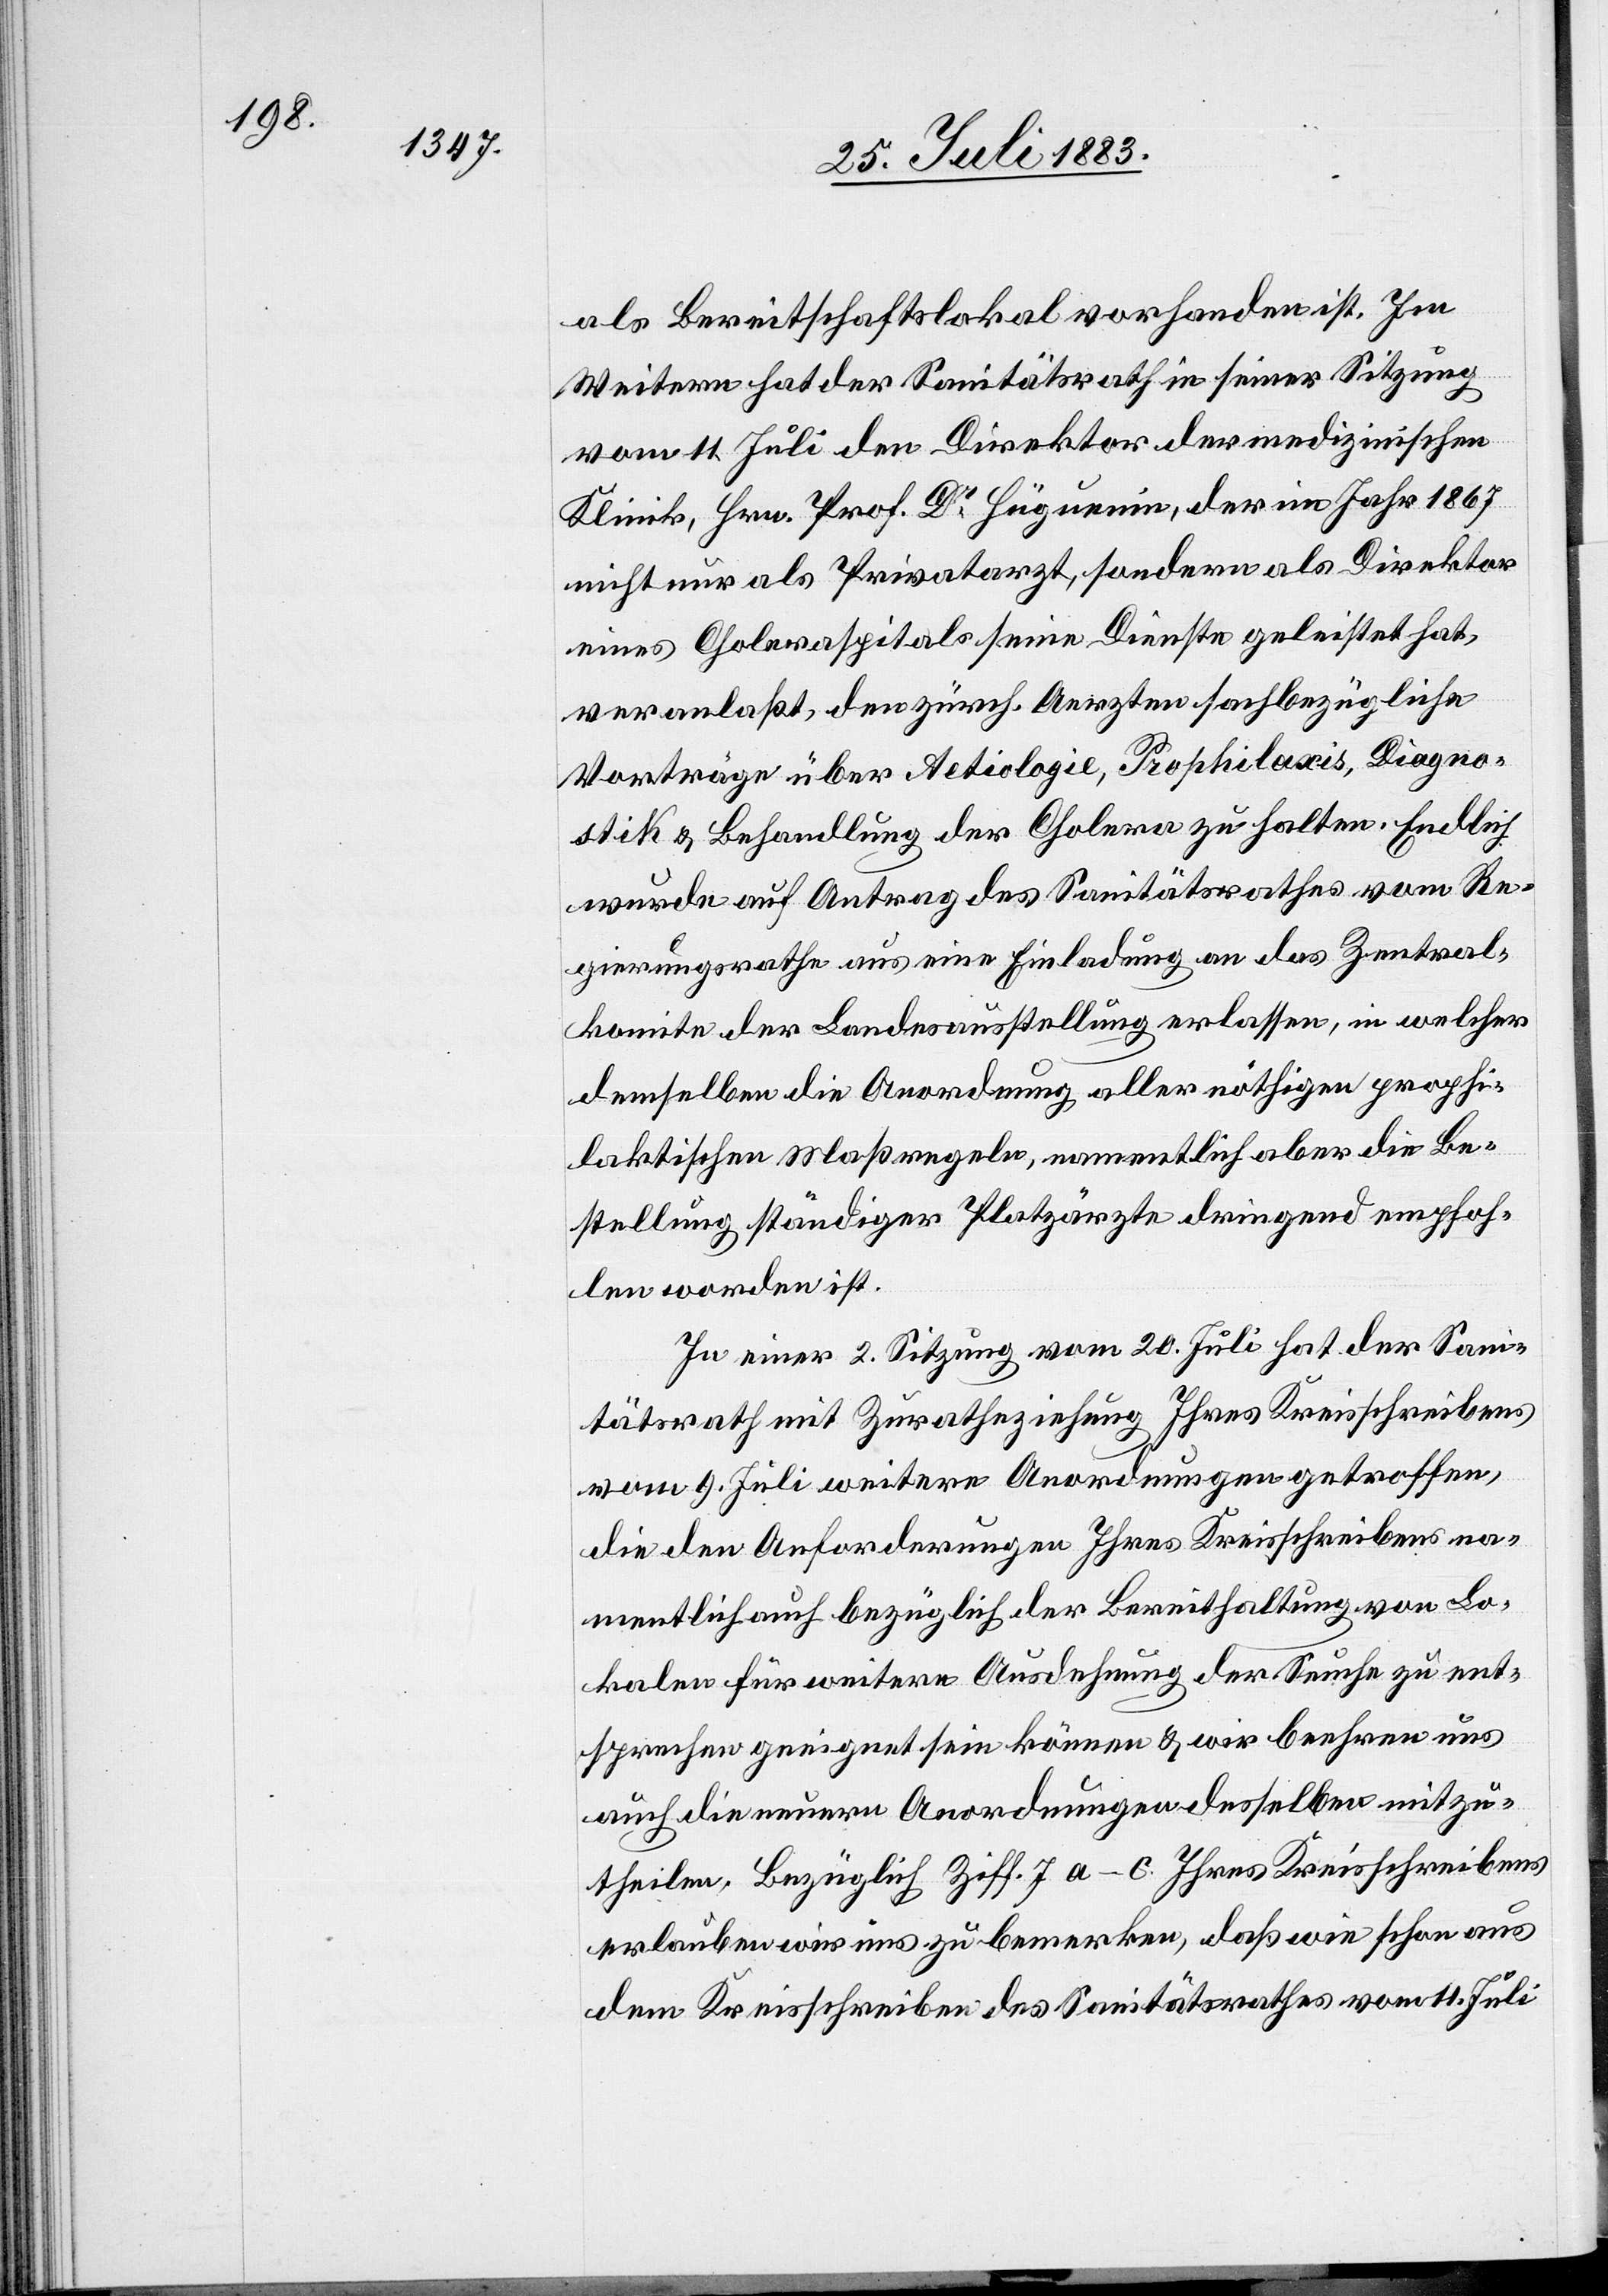
als Bereitschaftslokal vorhanden ist. Im
Weitern hat der Sanitätsrath in seiner Sitzung
vom 11. Juli den Direktor der medizinischen
Klinik, Hrn. Prof. Dr Hüguenin, der im Jahr 1867
nicht nur als Privatarzt, sondern als Direktor
eines Choleraspitals seine Dienste geleistet hat,
veranlaßt, den zürch. Aerzten sachbezügliche
Vorträge über Aetiologie, Prophilaxis, Diagno¬
stik & Behandlung der Cholera zu halten. Endlich
wurde auf Antrag des Sanitätsrathes vom Re¬
gierungsrathe aus eine Einladung an das Zentral¬
komite der Landesausstellung erlassen, in welcher
demselben die Anordnung aller nöthigen prophi¬
laktischen Maßregeln, namentlich aber die Be¬
stellung ständiger Platzärzte dringend empfoh¬
len worden ist.
In einer 2. Sitzung vom 20. Juli hat der Sani¬
tätsrath mit Zuratheziehung Ihres Kreisschreibens
vom 9. Juli weitere Anordnungen getroffen,
die den Anforderungen Ihres Kreisschreibens na¬
mentlich bezüglich der Bereithaltung von Lo¬
kalen für weitere Ausdehnung der Seuche zu ent¬
sprechen geeignet sein können & wir beehren uns
auch die neuern Anordnungen desselben mitzu¬
theilen. Bezüglich Ziff. 7 a–c Ihres Kreisschreibens
erlauben wir uns zu bemerken, daß wie schon aus
den Kreisschreiben des Sanitätsrathes vom 11. Juli